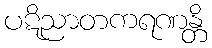
ပဋိညာတကရဏန္တိ